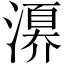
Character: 𣽀